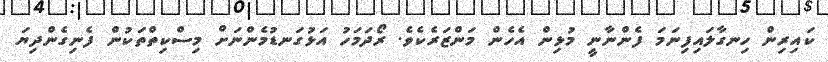
ކައިރިން ހިނގާލައިފިނަމަ ފެންނާނީ މުޅިން އެހެން މަންޒަރެކެވެ. ރޯދަމަހު އަޅުގަނޑުމެންނަށް މިސްކިތްތަކުން ފެނިގެންދިޔަ